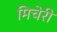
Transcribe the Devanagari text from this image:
मिचेरी